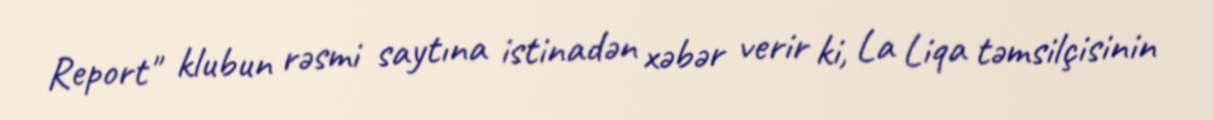
Report" klubun rəsmi saytına istinadən xəbər verir ki, La Liqa təmsilçisinin